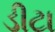
ડીટા